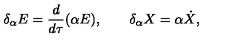
\delta _ { \alpha } E = \frac { d } { d \tau } ( \alpha E ) , \qquad \delta _ { \alpha } X = \alpha \dot { X } ,